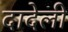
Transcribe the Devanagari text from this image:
दादेली